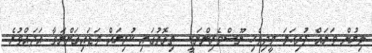
ލިޔުން ވަރައް ފުރިހަމަ މީދިވެހި ނޫސްވެރިންނަކީ  ތިގޮތުގައި ކުރިޔައް ވަޑައިގަންނަވާ އަދައްވުރެ